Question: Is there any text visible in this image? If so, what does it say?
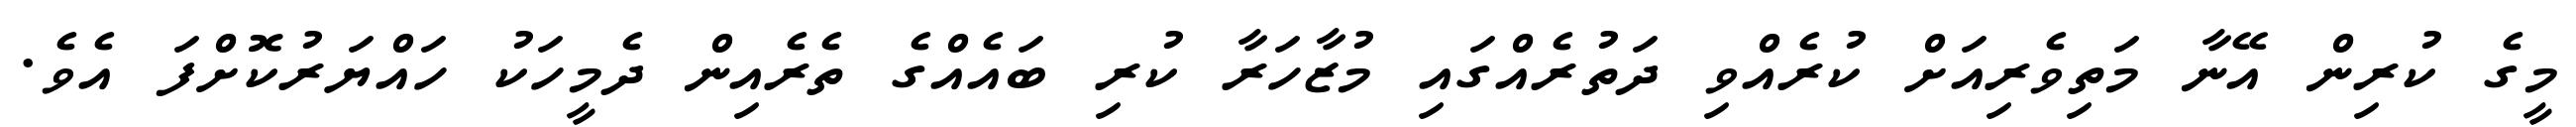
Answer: މީގެ ކުރިން އޭނާ މަތިވެރިއަށް ކުރެއްވި ދަތުރެއްގައި މުޒާހަރާ ކުރި ބައެއްގެ ތެރެއިން ދެމީހަކު ހައްޔަރުކޮށްފަ އެވެ.